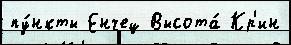
пу́нкты Енчец Высота́ Кр'ин